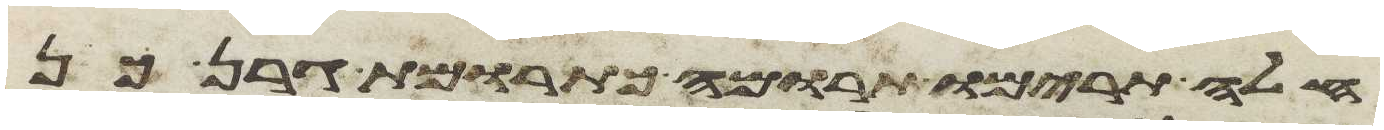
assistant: חלה תרימו תרומה כתרומת גרן כן